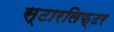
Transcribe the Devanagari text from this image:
स्टारलिफ्टर